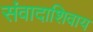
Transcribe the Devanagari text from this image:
संवादाशिवाय